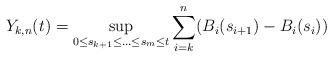
LaTeX: \begin{align*}Y_{k,n}(t)=\sup_{0\leq s_{k+1}\leq \ldots\leq s_m\leq t}\sum_{i=k}^n (B_i(s_{i+1})-B_i(s_i))\end{align*}